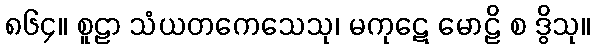
၈၆၄။ စူဠာ သံယတကေသေသု၊ မကုဋေ မောဠိ စ ဒွိသု။